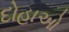
દોહાઓ